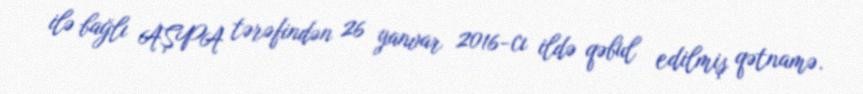
ilə bağlı AŞPA tərəfindən 26 yanvar 2016-cı ildə qəbul edilmiş qətnamə.